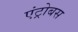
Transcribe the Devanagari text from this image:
एंट्रोबस